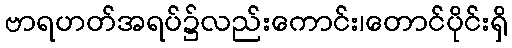
ဗာရဟတ်အရပ်၌လည်းကောင်း၊တောင်ပိုင်းရှိ